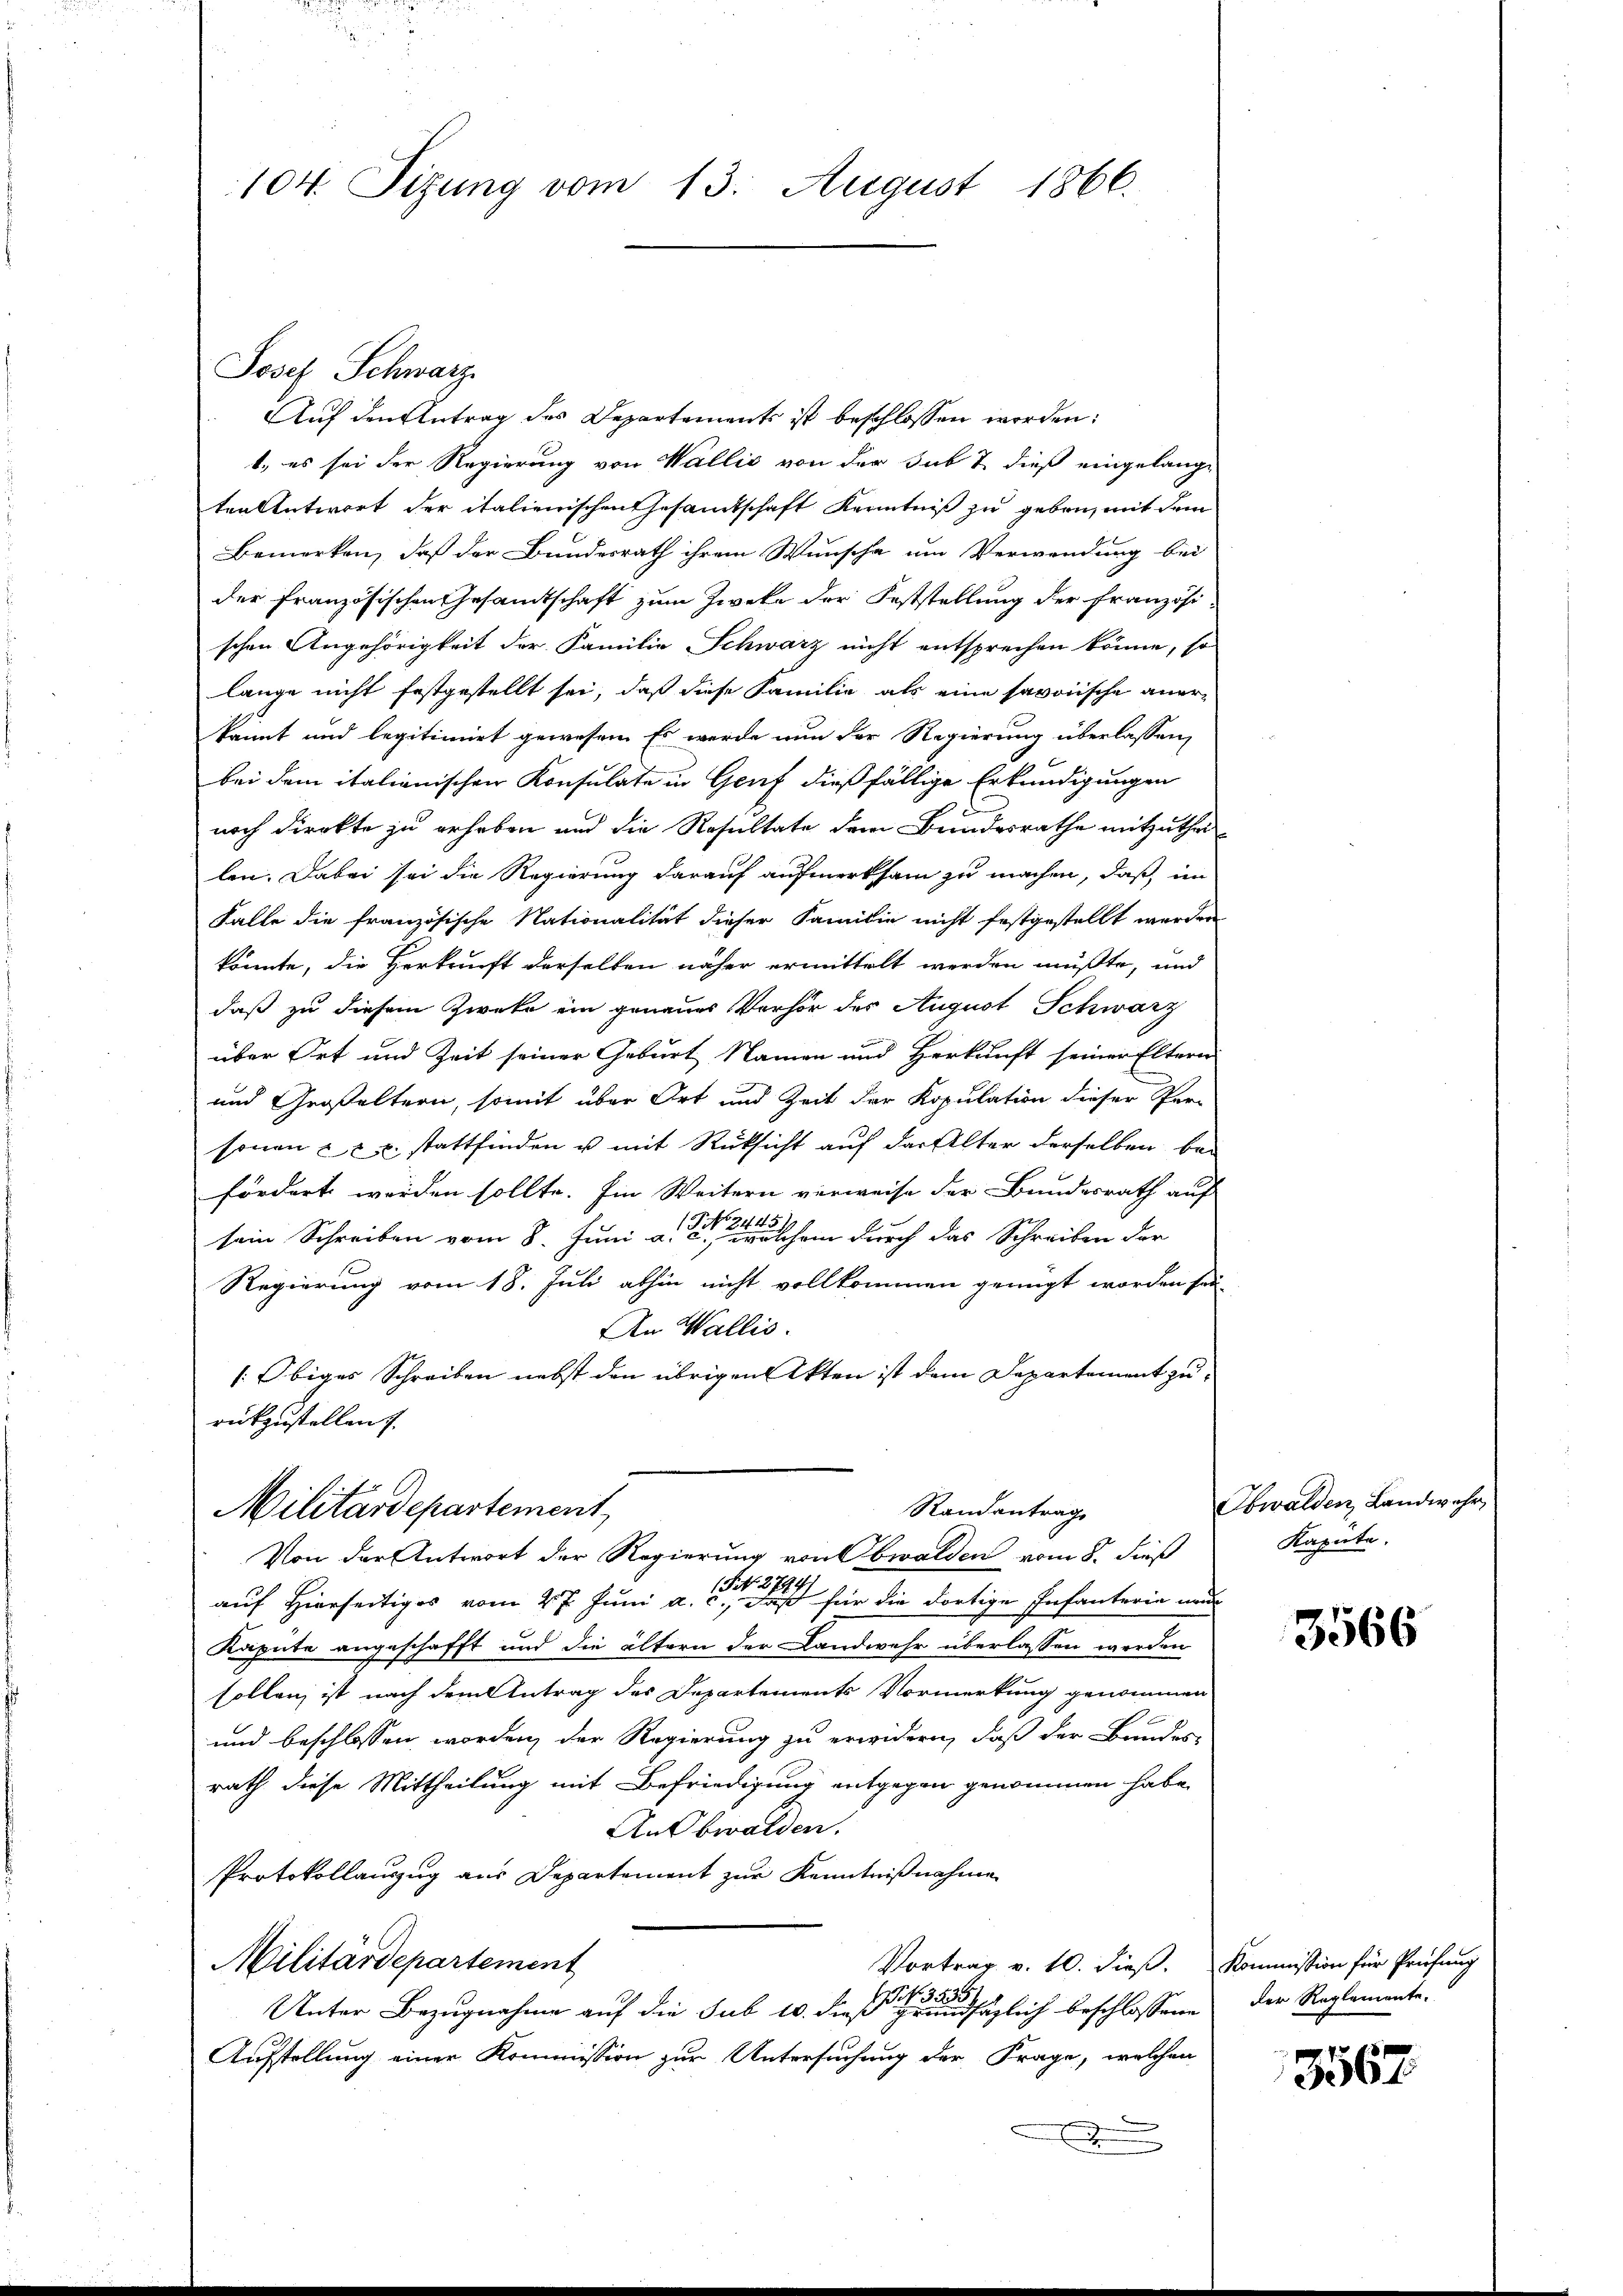
104. Sizung vom 13. August 1866.

Josef Schwarz

Auf den Antrag des Departements ist beschlossen worden:
1., es sei der Regierung von Wallis von der sub & dieß eingelange
ten Antwort der italienischen Gesamtschaft Kenntniß zu geben, mit dem
Bemerken, daß der Bundesrath ihrem Wunsche um Verwendung bei
der Französischen Gesamtschaft zum Zweke der Feststellung der Französischen Angehörigkeit der Familie Schwarz nicht entsprechen könne, so
lange nicht festgestellt sei, daß diese Familie als eine savoische anerkannt und legitimirt gewesen. Es werde nun der Regierung überlassen,
bei dem italienischen Konsulate in Genf dießfällige Erkundigungen
noch direkte zu erhoben und die Resultate dem Bundesrathe mitzuthei
len. Dabei sei die Regierung darauf aufmerksam zu machen, daß im
Falle die französische Nationalität dieser Familie nicht festgestellt werden
könnte, die Herkunft derselben näher ermittelt werden müßte, und
daß zu diesem Zweke ein genaues Verhör des August Schwarz
über Ort und Zeit seiner Geburt Namen und Herkunft seiner Eltern
und Großeltern, somit über Ort und Zeit der Kopulation dieser Per-
sonen u. stattfinden u mit Rücksicht auf der Alter derselben befördert werden sollte. Ein Weitern verweise der Bundesrath auf
sein Schreiben vom 8. Juni a. einem durch das Schreiben der
Regierung vom 18. Juli abhin nicht vollkommen genügt worden sei
An Wallis.
[Obiges Schreiben nebst den übrigen Akten ist dem Departement zurückzustellen.
Militärdepartement,
Randantrag
Von der Antwort der Regierung von Obwalden vom 8. dieß
auf Hierseitiges vom 27. Juni a.              für die dortige Infanterin ne
Kapute angeschafft und die ältern der Landwehr überlassen werden
sollen ist nach dem Antrag des Departements Vormerkung genommen
und beschlossen worden, der Regierung zu erwidern, daß der Bundes-
rath diese Mittheilung mit Befriedigung entgegen genommen habe.
AnObwalden.
Protokollauszug aus Departement zur Kenntnißnahme
Militärdepartement
Vortrag v. 10. dieß. Kommission für Prüfung
Unter Bezugnahme auf die sub 10. diese englich beschlossene
Aufstellung einer Kommission zur Untersuchung der Frage, welchen
E

Obwalden, Landwehr,
Kapute.

3566

der Reglemente.

3567.